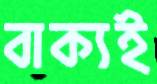
বাক্যই